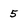
Character: 5